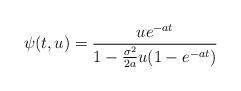
LaTeX: \begin{align*}\psi(t,u)=\frac{ue^{-at}}{1-\frac{\sigma^2}{2a}u(1-e^{-at})}\end{align*}